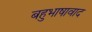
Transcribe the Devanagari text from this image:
बहुभाषावाद